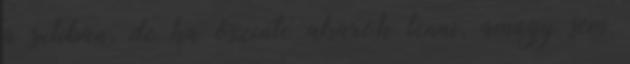
a suliban, de ha õszinte akarok lenni, amúgy sem